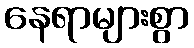
နေရာများစွာ